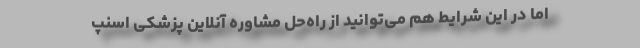
اما در این شرایط هم می‌توانید از راه‌حل مشاوره آنلاین پزشکی اسنپ